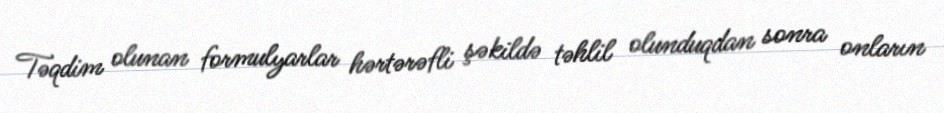
Təqdim olunan formulyarlar hərtərəfli şəkildə təhlil olunduqdan sonra onların